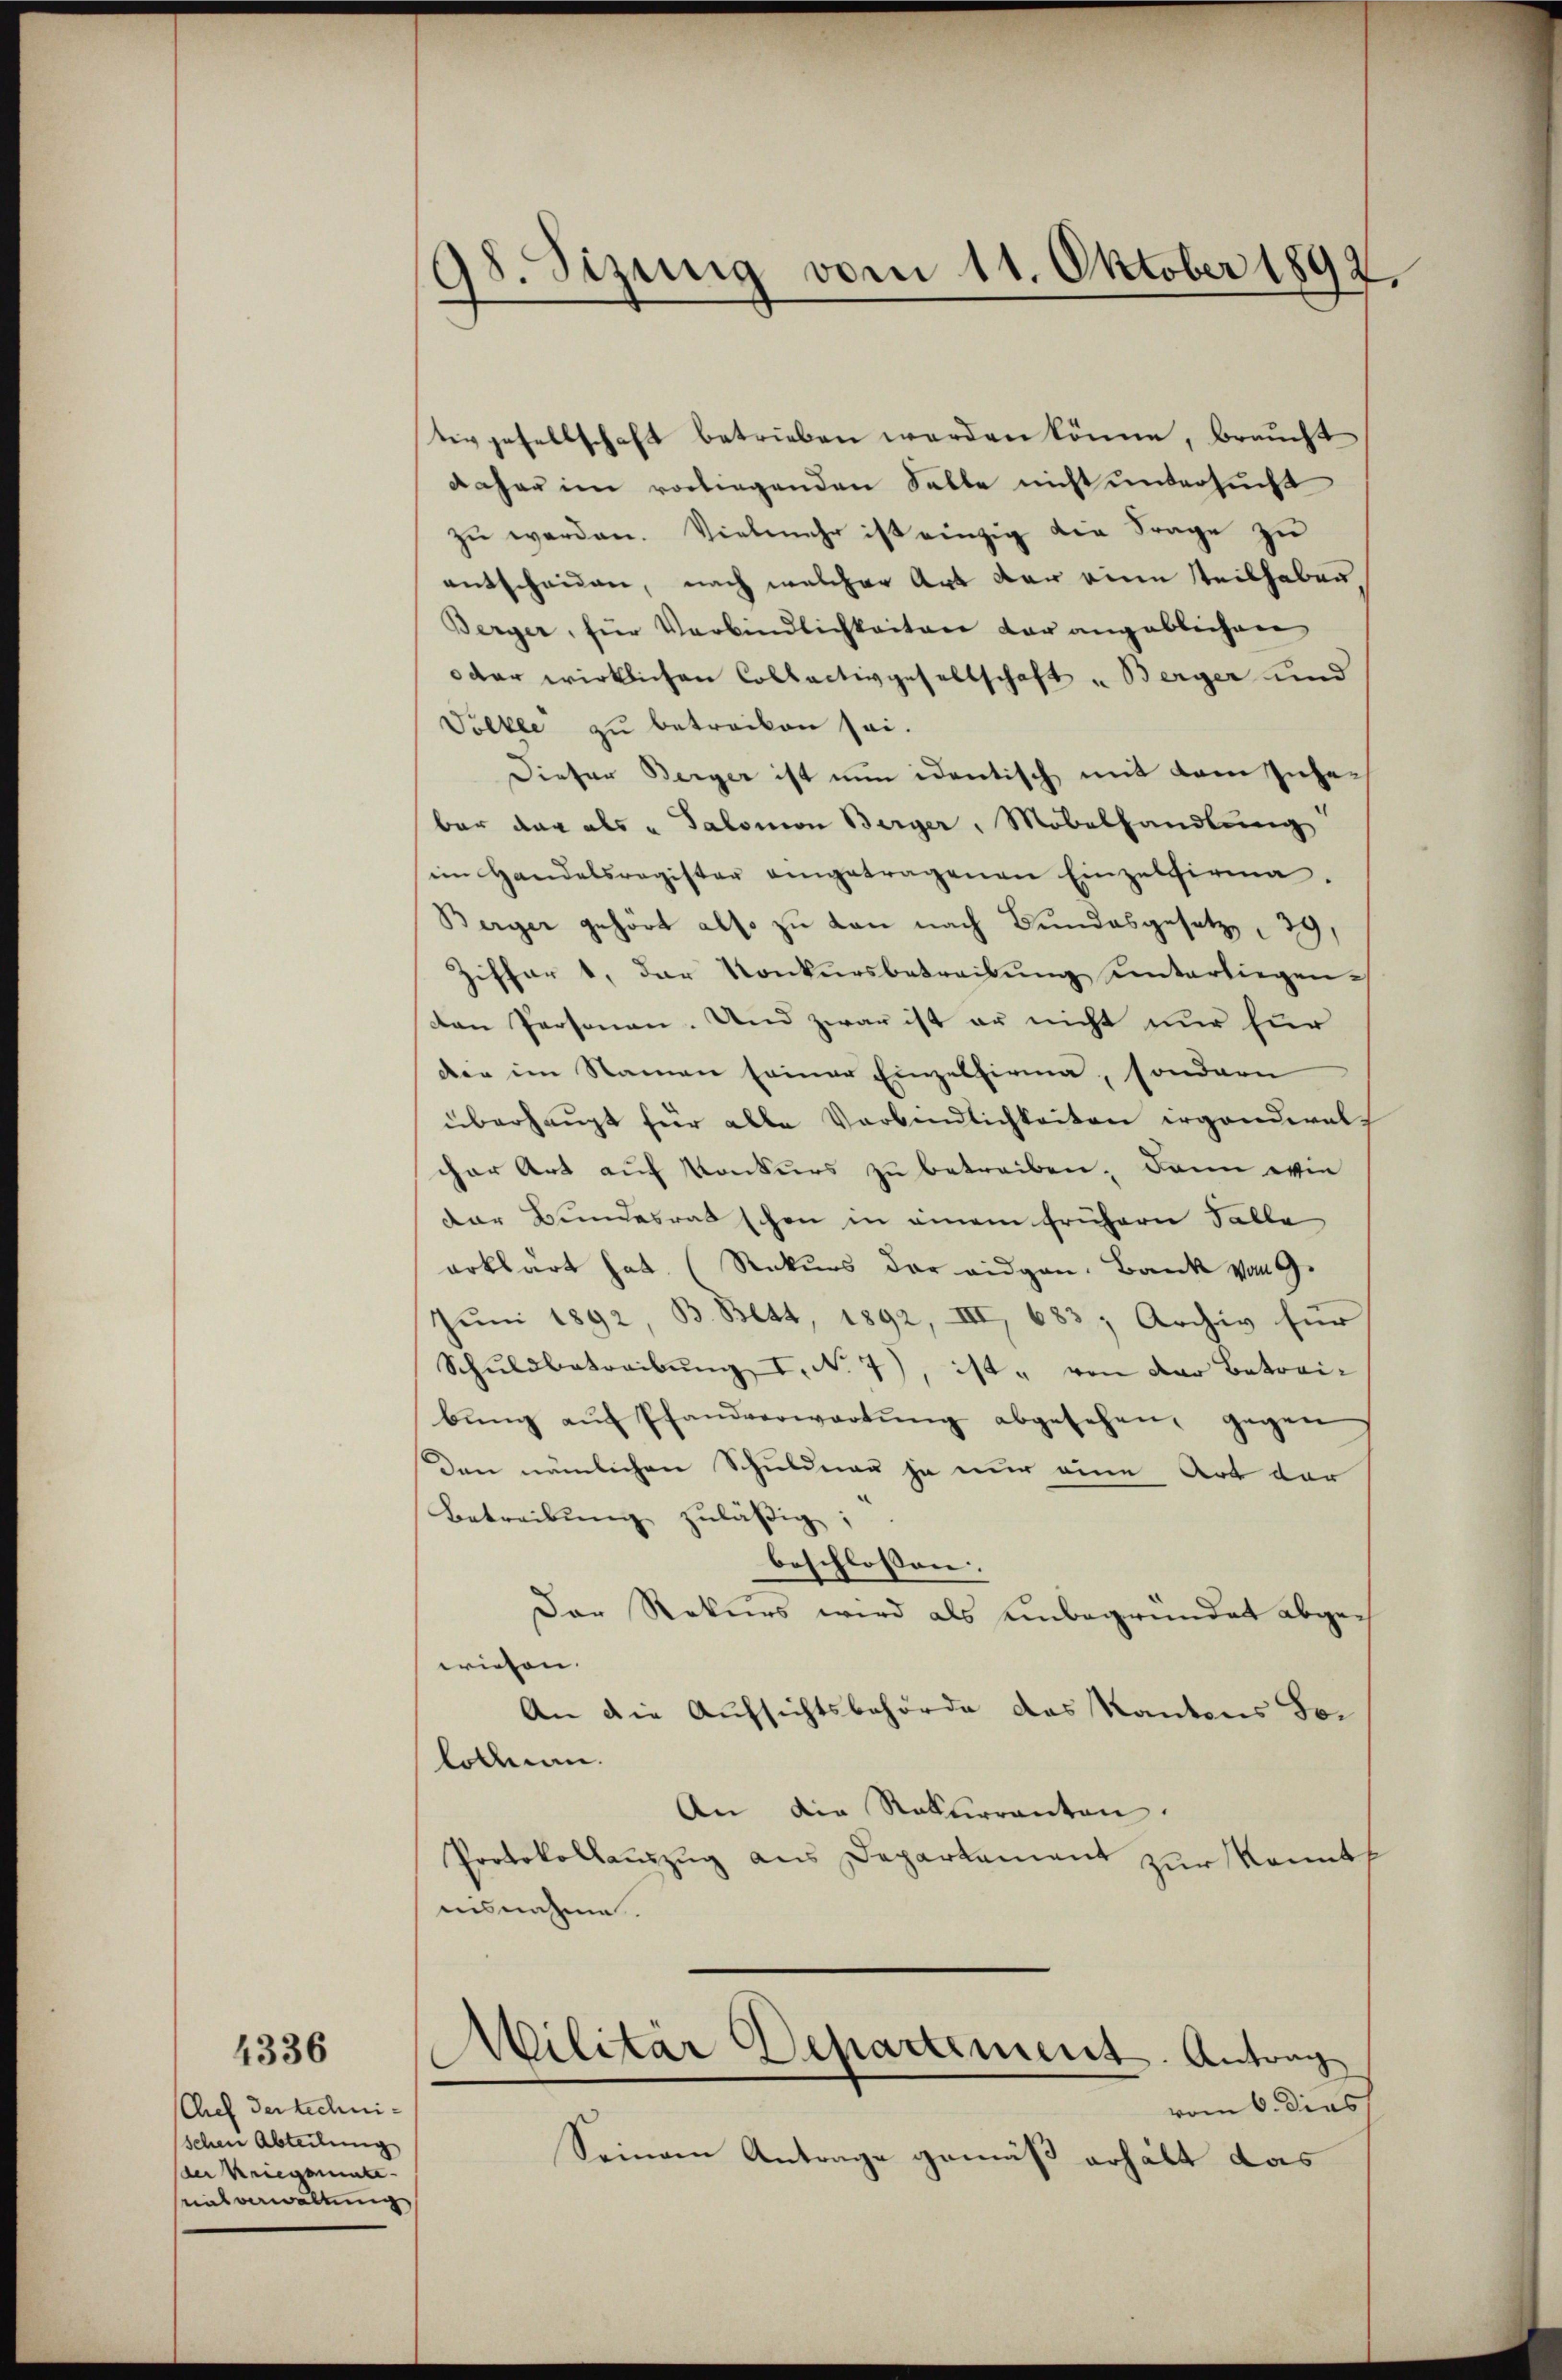
Chef der technischen Abteilung
der Kriegsente
salverwaltung

4336

98. Sizung vom 11. Oktober 1892.

tivgesellschaft betrieben werden könne, braucht
daher im vorliegenden Salle nicht untersucht
zŭ werden. Vielmehr ist einzig die Frage zŭ
entscheiden, nach welcher Art der eine steilhaben
Berger, für Verbindlichkeiten der angeblichen
oder wirklichen Collectivgesellschaft u Berger und
Völlle zu betrecken sei.
Dieser Berger ist nun identisch mit dem Insebar dar als u Salomon Berger, Möbelhandlung
im Handelsregister angetragenen Einzelfirma.
Berger gehört also zu kan nach Bundesgesetz    39,
Ziffer 1, der Konkursbetreibung unterliegenden Personen. Und zwar ist er nicht nur für
den im Namen seiner Einzelfirma, sondern
überhaupt für alle Verbindlichkeiten irgendwelcher Art auf Konkurs zu betreiben. Dann wie
der Bundesrat schon in einem frühern Falle
erklärt hat. (Rekurs der eidgen. Bank von G.
Juni 1892 B. Bett, 1892, III, 683; Archiv für
Schŭldbetreibŭng I. N. 7), ist " von der Betreibŭng aŭf Pfandverwartŭng abgesehen, gegen
Den nämlichen Schuldner ja nur eine Art der
Betreibung zuläßig;
beschlossen:
Der Rekurs wird als unbegründet abgewiesen.
An die Aufsichtsbehörde das Kantons Solotten.
An die Ratherranten.
Protokollauszug aus Departement zur konnt
unsnahme.
Militar Departement. Antrag
vom 6. dies
Seinem Antrage gemäß erhält das